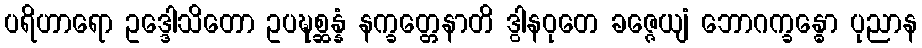
ပရိဟာရော ဥဒ္ဒေါသိတော ဥပဍ္ဎစ္ဆန္နံ နက္ခတ္တေနာတိ ဒွါနဝုတေ ခဇ္ဇေယျံ ဘောဂက္ခန္ဓော ပုညာန